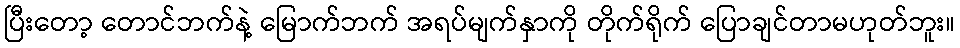
ပြီးတော့ တောင်ဘက်နဲ့ မြောက်ဘက် အရပ်မျက်နှာကို တိုက်ရိုက် ပြောချင်တာမဟုတ်ဘူး။